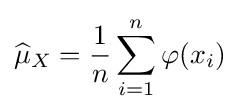
{\widehat {\mu }}_{X}={\frac {1}{n}}\sum _{i=1}^{n}\varphi (x_{i})